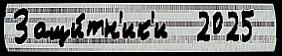
Защи́тн'ик'и  2025